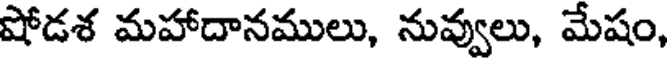
షోడశ మహాదానములు, నువ్వులు, మేషం,